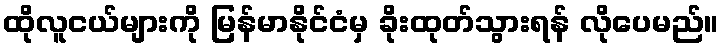
ထိုလူငယ်များကို မြန်မာနိုင်ငံမှ ခိုးထုတ်သွားရန် လိုပေမည်။